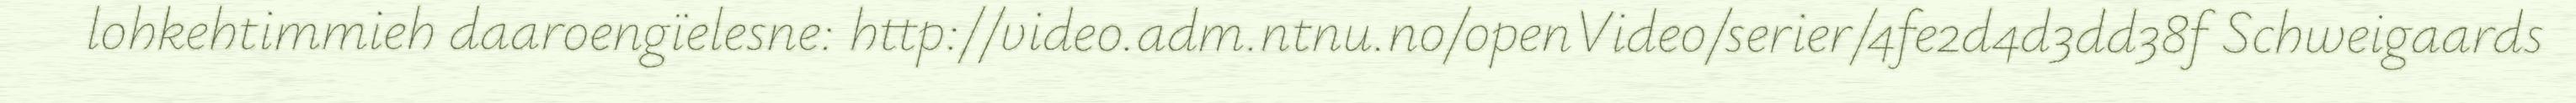
lohkehtimmieh daaroengïelesne: http://video.adm.ntnu.no/openVideo/serier/4fe2d4d3dd38f Schweigaards